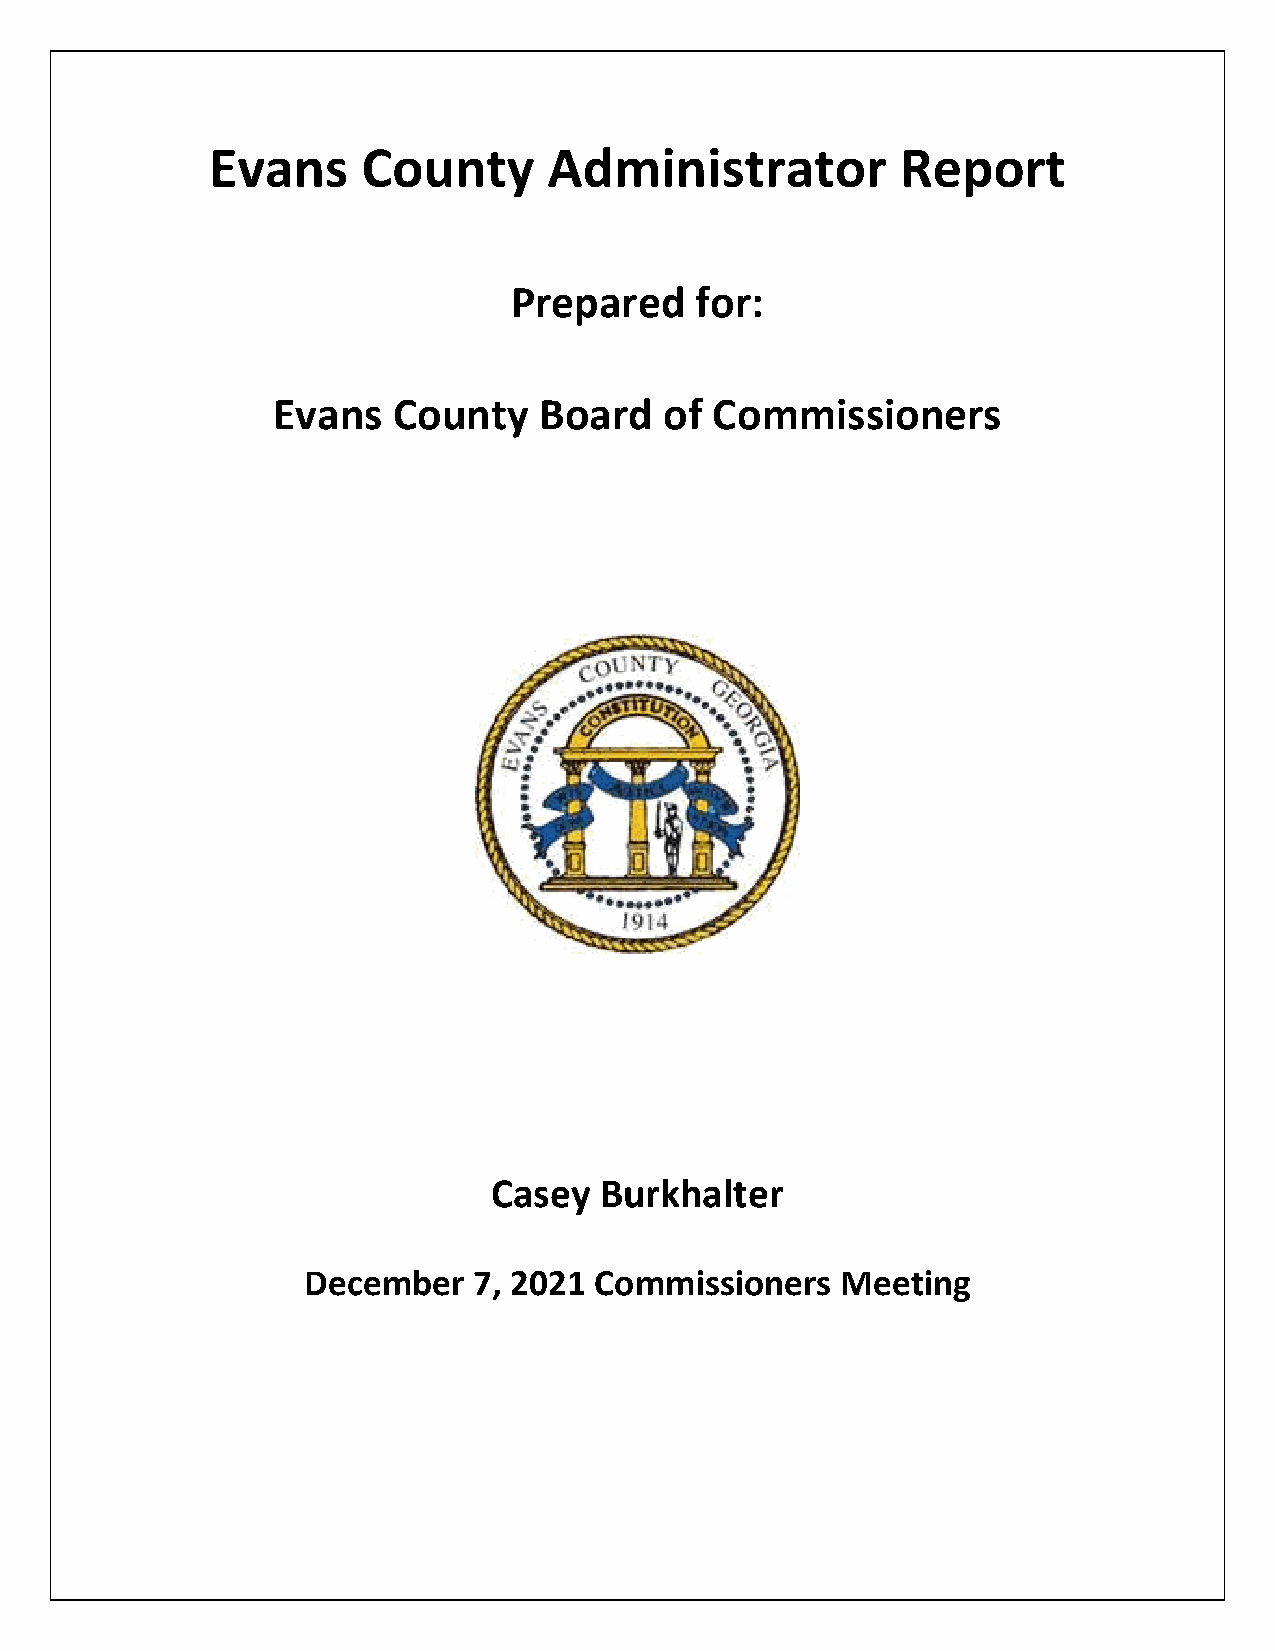
Evans     County      Administrator           Report
 Prepared    for:
 Evans   County    Board   of Commissioners
 Casey   Burkhalter
 December   7, 2021 Commissioners    Meeting